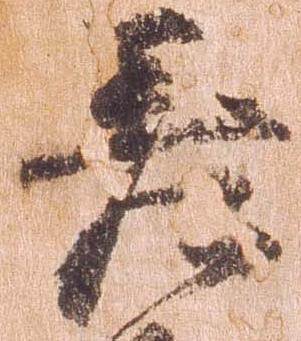
差